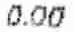
0.00